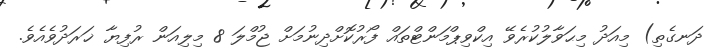
ދަނގެތި) މިއަދު މިޙަވާލުކުރެވޭ އިކްވިޕްމަންޓްތައް ފޯރުކޮށްދިނުމަށް ޖުމްލަ 8 މިލިއަން ރުފިޔާ ޚަރަދުވެއެވެ.